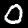
Label: 0